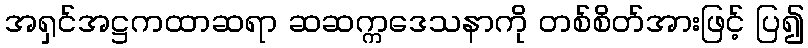
အရှင်အဋ္ဌကထာဆရာ ဆဆက္ကဒေသနာကို တစ်စိတ်အားဖြင့် ပြ၍